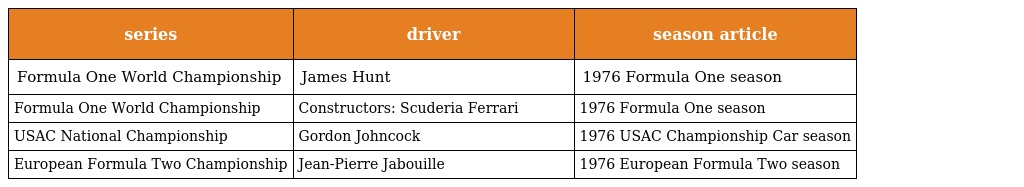
| series | driver | season article |
 | --- | --- | --- |
 | Formula One World Championship | James Hunt | 1976 Formula One season |
 | Formula One World Championship | Constructors: Scuderia Ferrari | 1976 Formula One season |
 | USAC National Championship | Gordon Johncock | 1976 USAC Championship Car season |
 | European Formula Two Championship | Jean-Pierre Jabouille | 1976 European Formula Two season |